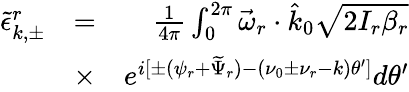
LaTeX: \begin{array}{rlr}{\tilde{\epsilon}_{k,\pm}^{r}}&{=}&{\frac{1}{4\pi}\int_{0}^{2\pi}\vec{\omega}_{r}\cdot\hat{k}_{0}\sqrt{2I_{r}\beta_{r}}}\\ &{\times}&{e^{i[\pm(\psi_{r}+\widetilde{\Psi}_{r})-(\nu_{0}\pm\nu_{r}-k)\theta^{\prime}]}d\theta^{\prime}}\end{array}